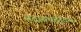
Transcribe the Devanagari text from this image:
सद्रागचंद्रोदय